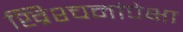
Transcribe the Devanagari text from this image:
ख्रिश्चनांपेक्षा